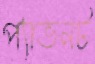
প্যাভনট